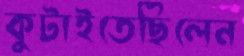
কুটাইতেছিলেন